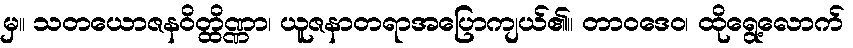
မှ။ သတယောဇနဝိတ္ထိဏ္ဏာ၊ ယူဇနာတရာအပြောကျယ်၏။ တာဝဒေဝ၊ ထိုရွေ့လောက်